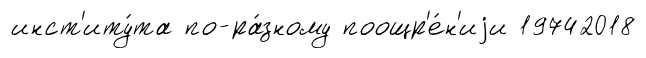
инст'иту́та по-ра́зному поощр'е́н'иjи 19742018